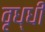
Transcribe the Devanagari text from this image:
वृध्धी